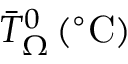
{ \bar { T } _ { \Omega } } ^ { 0 } \, ( ^ { \circ } \mathrm { C } )